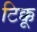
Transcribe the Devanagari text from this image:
टिक्कू